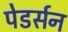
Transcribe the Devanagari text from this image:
पेडर्सन